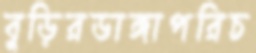
বুড়িরডাঙ্গাপরিচ